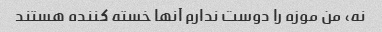
نه، من موزه را دوست ندارم آنها خسته کننده هستند